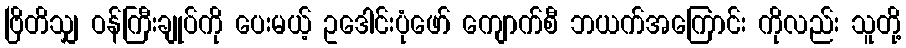
ဗြိတိသျှ ဝန်ကြီးချုပ်ကို ပေးမယ့် ဥဒေါင်းပုံဖော် ကျောက်စီ ဘယက်အကြောင်း ကိုလည်း သူတို့